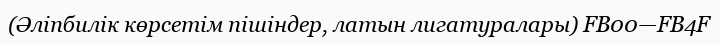
(Әліпбилік көрсетім пішіндер, латын лигатуралары) FB00—FB4F